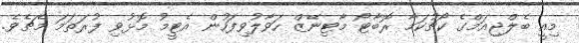
މިއީ ބެލްޖިއަމްގެ ކޯޗުކަމާ ރޮބާޓޯ މާޓިނޭޒް ހަވާލުވިފަހުން އެޓީމު މޮޅުވި ފުރަތަމަ މެޗެވެ.